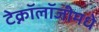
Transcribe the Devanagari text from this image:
टेक्नॉलॉजीमधे